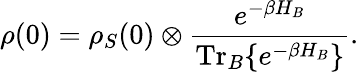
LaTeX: \rho(0)=\rho_{S}(0)\otimes\frac{e^{-\beta H_{B}}}{\mathrm{Tr}_{B}\{ e^{-\beta H_{B}}\} }.